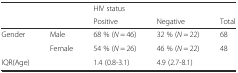
<table><thead><tr><td rowspan="2"></td><td rowspan="2"></td><td colspan="2"><b>HIV status</b></td><td></td></tr><tr><td><b>Positive</b></td><td><b>Negative</b></td><td><b>Total</b></td></tr></thead><tbody><tr><td rowspan="2">Gender</td><td>Male</td><td>68 % (<i>N</i> = 46)</td><td>32 % (<i>N</i> = 22)</td><td>68</td></tr><tr><td>Female</td><td>54 % (<i>N</i> = 26)</td><td>46 % (<i>N</i> = 22)</td><td>48</td></tr><tr><td>IQR(Age)</td><td></td><td>1.4 (0.8-3.1)</td><td>4.9 (2.7-8.1)</td><td></td></tr></tbody></table>